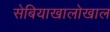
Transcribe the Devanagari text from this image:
सेबियाखालोखाल